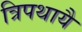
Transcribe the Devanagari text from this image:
त्रिपथायै